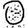
Digit: 0